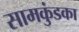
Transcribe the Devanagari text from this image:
सामकुंडका